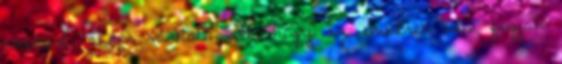
naptárt, akkor várható volt, hogy az emberek nem fogják